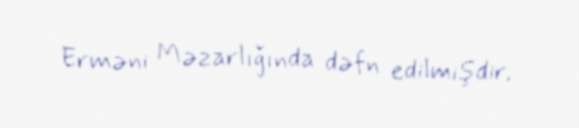
Erməni Məzarlığında dəfn edilmişdir.